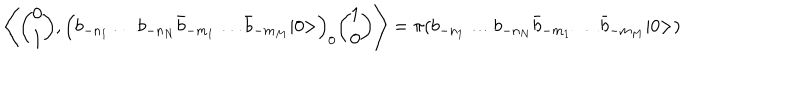
\Biggl \langle { \binom { 0 } { 1 } } , \Bigl ( b _ { - n _ { 1 } } \dots b _ { - n _ { N } } \bar { b } _ { - m _ { 1 } } \dots \bar { b } _ { - m _ { M } } \vert 0 \! \! > \Bigr ) _ { 0 } { \binom { 1 } { 0 } } \Biggr \rangle = \pi ( b _ { - n _ { 1 } } \dots b _ { - n _ { N } } \bar { b } _ { - m _ { 1 } } \dots \bar { b } _ { - m _ { M } } \vert 0 \! \! > )